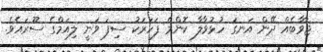
ޖާވާބެއް ދޭން އަނގަ ހުޅުވާލާ ކޮންމެ ފަހަރަކު ސިފަ ވަނީ ލިއަމްގެ ސޫރައެވެ.